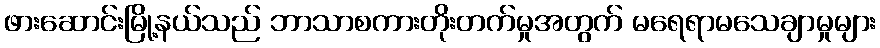
ဖားဆောင်းမြို့နယ်သည် ဘာသာစကားတိုးတက်မှုအတွက် မရေရာမသေချာမှုများ